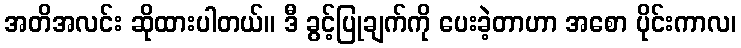
အတိအလင်း ဆိုထားပါတယ်။ ဒီ ခွင့်ပြုချက်ကို ပေးခဲ့တာဟာ အစော ပိုင်းကာလ၊